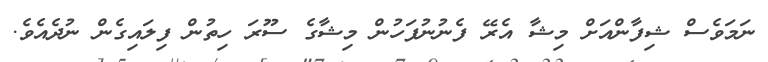
ނަމަވެސް ޝިފާންއަށް މިޝާ އެރޭ ފެނުނުފަހުން މިޝާގެ ސޫރަ ހިތުން ފިލައިގެން ނުދެއެވެ.